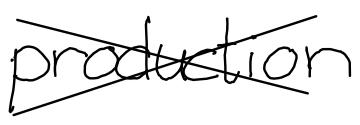
Text: production
Cross-out: cross
Writing tool: digital_black